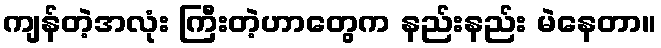
ကျန်တဲ့အလုံး ကြီးတဲ့ဟာတွေက နည်းနည်း မဲနေတာ။